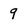
Character: 9